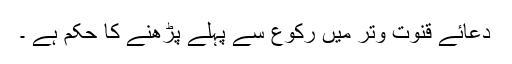
دعائے قنوت وتر میں رکوع سے پہلے پڑھنے کا حکم ہے ۔